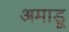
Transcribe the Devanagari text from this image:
अमाडू